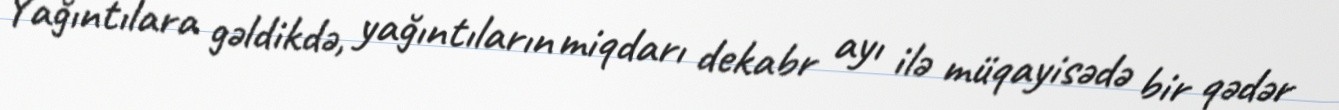
Yağıntılara gəldikdə, yağıntıların miqdarı dekabr ayı ilə müqayisədə bir qədər